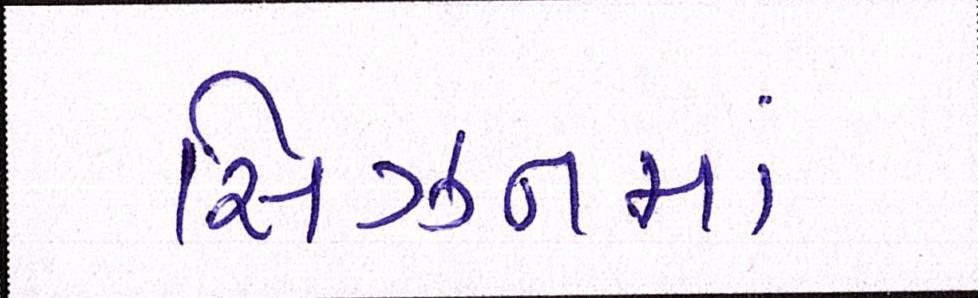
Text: સિઝનમાં